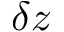
\delta z